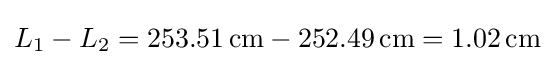
L_{1}-L_{2}=253.51\,{\text{cm}}-252.49\,{\text{cm}}=1.02\,{\text{cm}}